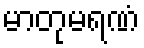
မာတုမရဏံ